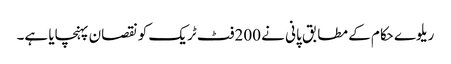
ریلوے حکام کے مطابق پانی نے 200فٹ ٹریک کو نقصان پہنچایا ہے۔